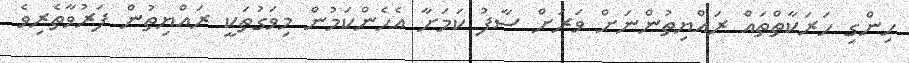
ހިންގި ހަރަކާތްތައް ރައްޔިތުންނަށް ވަރަށް ސާފު ކަމަށާ އެހެންކަމުން މިވަގުތަކީ ރައްޔިތުން ފަރުވާތެރިވެ